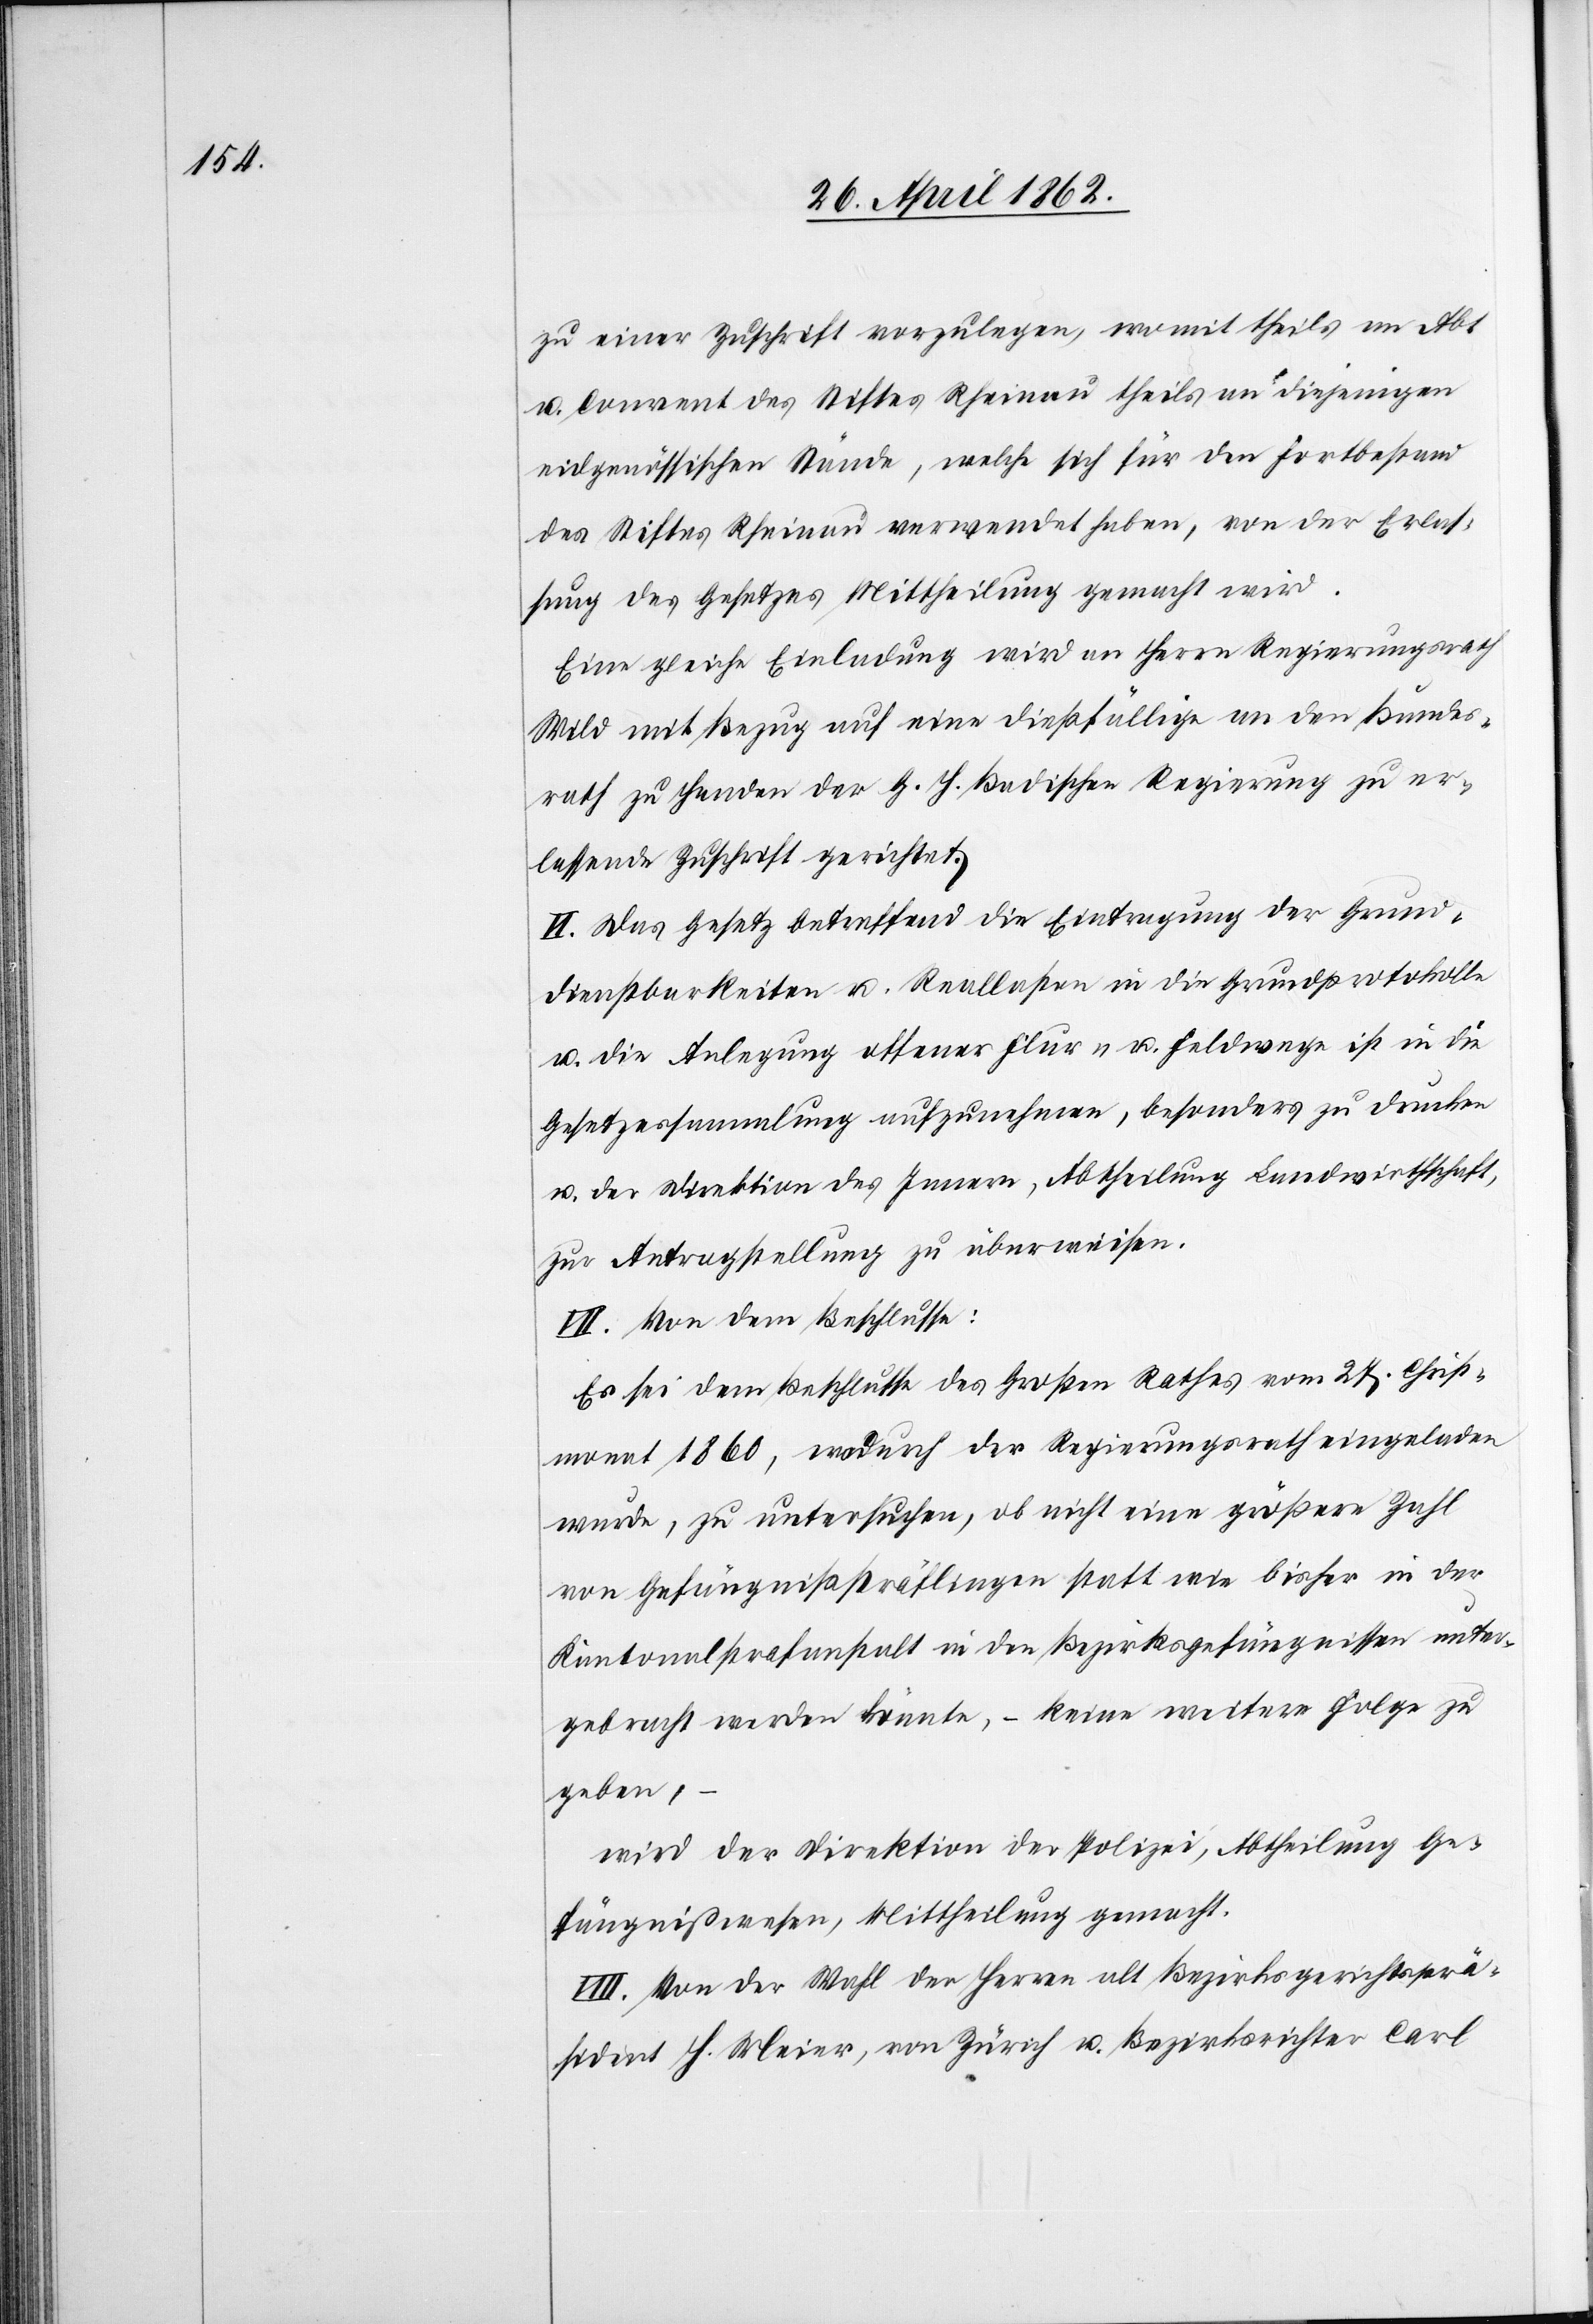
zu einer Zuschrift vorzulegen, wo mit theils an Abt
u. Convent des Stiftes Rheinau theils an diejenigen
eidgenössischen Stände, welche sich für den Fortbestand
des Stiftes Rheinau verwendet haben, von der Erlas¬
sung des Gesetzes Mittheilung gemacht wird.
Eine gleiche Einladung wird an Herrn Regierungsrath
Wild mit Bezug auf eine dießfällige an den Bundes¬
rath zu Handen der G. H. Badischen Regierung zu er¬
lassende Zuschrift gerichtet.
VI. Das Gesetz betreffend die Eintragung der Grund¬
dienstbarkeiten u. Reallasten in die Grundprotokolle
u. die Anlegung offener Flur- u. Feldwege ist in die
Gesetzessammlung aufzunehmen, besonders zu drucken
u. der Direktion des Innern, Abtheilung Landwirthschaft,
zur Antragstellung zu überweisen.
VII. Von dem Beschlusse:
Es sei dem Beschlusse des Großen Rathes vom 27. Christ¬
monat 1860, wodurch der Regierungsrath eingeladen
wurde, zu untersuchen, ob nicht eine größere Zahl
von Gefängnißsträflingen statt wie bisher in der
Kantonalstrafanstalt in den Bezirksgefängnissen unter¬
gebracht werden könnte, – keine weitere Folge zu
geben,
wird der Direktion der Polizei, Abtheilung Ge¬
fängnißwesen, Mittheilung gemacht.
VIII. Von der Wahl der Herren alt Bezirksgerichtsprä¬
sident H. Meier, von Zürich u. Bezirksrichter Carl